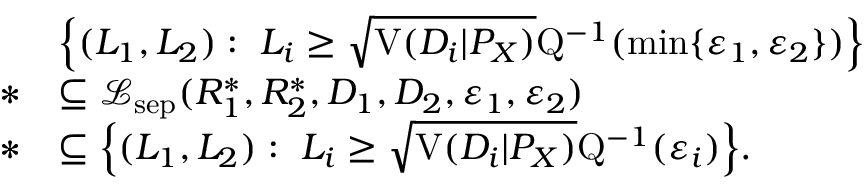
\begin{array} { r l } & { \Big \{ ( L _ { 1 } , L _ { 2 } ) : ~ L _ { i } \geq \sqrt { \mathrm { V } ( D _ { i } | P _ { X } ) } \mathrm { Q } ^ { - 1 } ( \operatorname* { m i n } \{ \varepsilon _ { 1 } , \varepsilon _ { 2 } \} ) \Big \} } \\ { * } & { \subseteq \mathcal { L } _ { \mathrm { s e p } } ( R _ { 1 } ^ { * } , R _ { 2 } ^ { * } , D _ { 1 } , D _ { 2 } , \varepsilon _ { 1 } , \varepsilon _ { 2 } ) } \\ { * } & { \subseteq \Big \{ ( L _ { 1 } , L _ { 2 } ) : ~ L _ { i } \geq \sqrt { \mathrm { V } ( D _ { i } | P _ { X } ) } \mathrm { Q } ^ { - 1 } ( \varepsilon _ { i } ) \Big \} . } \end{array}